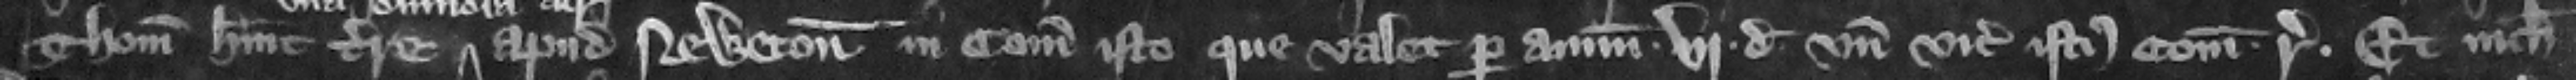
Thomas habuit terre apud Newton in comitatu isto que valet per annum .vj. d.. nde vicecomes istius comitatus respondeat. Et nichil